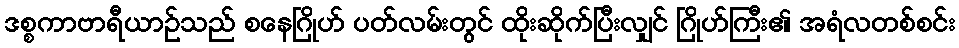
ဒစ္စကာဗာရီယာဉ်သည် စနေဂြိုဟ် ပတ်လမ်းတွင် ထိုးဆိုက်ပြီးလျှင် ဂြိုဟ်ကြီး၏ အရံလတစ်စင်း